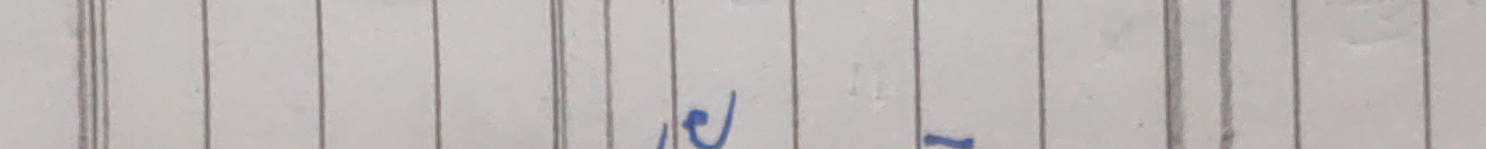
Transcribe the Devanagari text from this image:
रु